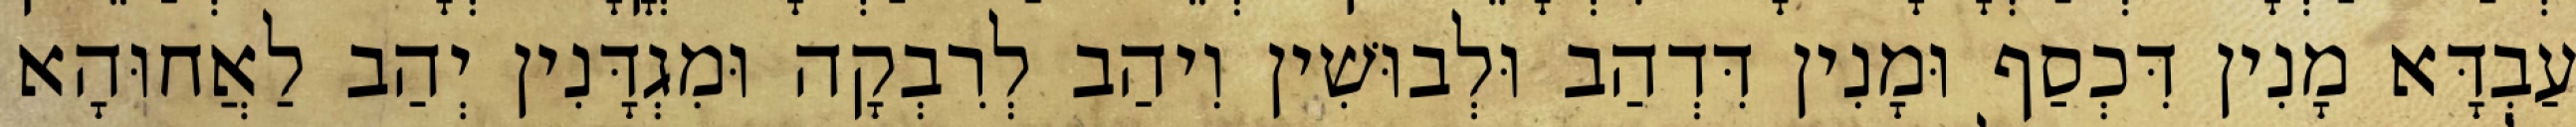
עַבְדָּא מָנִין דִּכְסַף וּמָנִין דִּדְהַב וּלְבוּשִׁין וִיהַב לְרִבְקָה וּמִגְדָּנִין יְהַב לַאֲחוּהָא